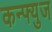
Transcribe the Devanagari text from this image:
कन्फ्युज